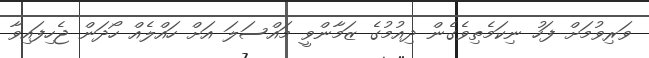
ވަރިވުމަށް ފަހު ނިކަމެތިވެގެން ދިއުމުގެ ޒަމާންވީ މައްސަލަ އަށް ހައްލެއް ހޯދަން ޖެހިފައިވާ